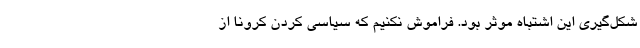
شکل‌گیری این اشتباه موثر بود. فراموش نکنیم که سیاسی کردن کرونا از